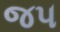
જ૫